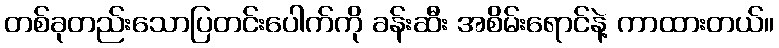
တစ်ခုတည်းသောပြတင်းပေါက်ကို ခန်းဆီး အစိမ်းရောင်နဲ့ ကာထားတယ်။